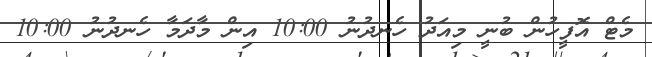
މެޓް އޮފީހުން ބުނީ މިއަދު ހެނދުނު 10:00 އިންް މާދަމާ ހެނދުނު 10:00